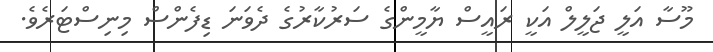
މޫސާ އަލީ ޖަލީލް އަކީ ރައީސް ޔާމީންގެ ސަރުކާރުގެ ދެވަނަ ޑިފެންސް މިނިސްޓަރެވެ.